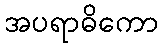
အပရာဓိကော